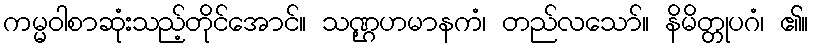
ကမ္မဝါစာဆုံးသည့်တိုင်အောင်။ သဏ္ဌဟမာနကံ၊ တည်လသော်။ နိမိတ္တုပဂံ၊ ၏။